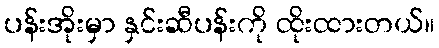
ပန်းအိုးမှာ နှင်းဆီပန်းကို ထိုးထားတယ်။